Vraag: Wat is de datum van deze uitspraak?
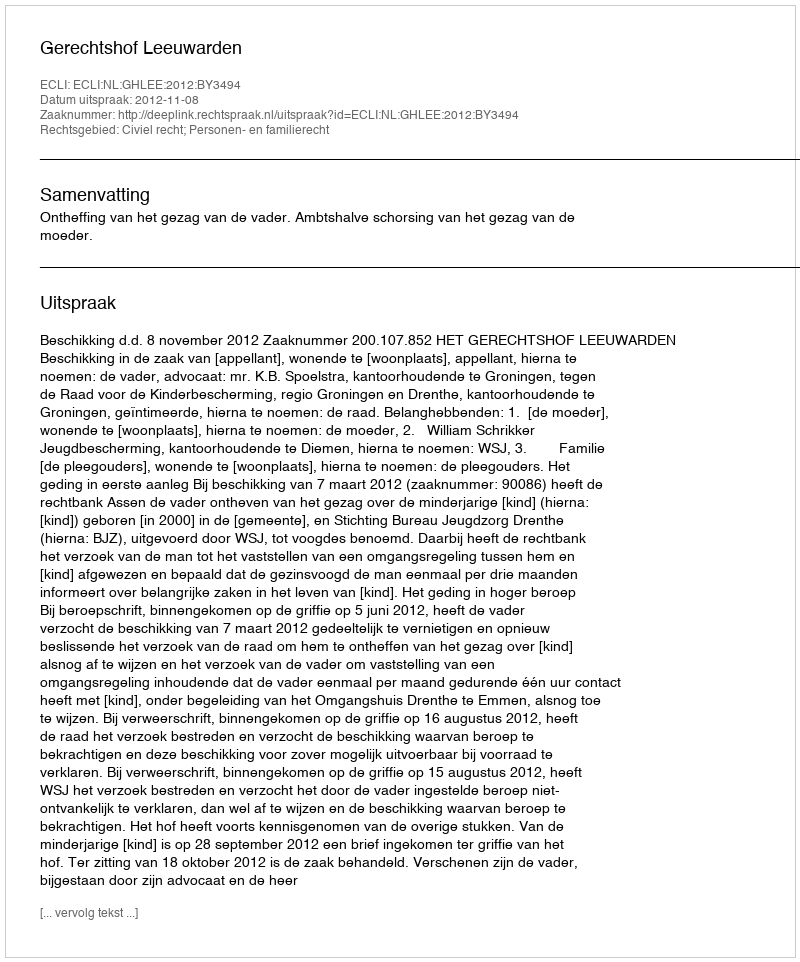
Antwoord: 2012-11-08